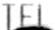
TEL